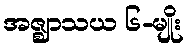
အဇ္ဈာသယ ၆-မျိုး